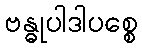
ဗန္ဓုပါဒါပစ္စေ